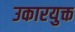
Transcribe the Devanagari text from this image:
उकारयुक्त